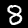
Label: 8